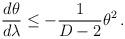
LaTeX: \begin{align*}\frac{d\theta}{d\lambda} \leq -\frac{1}{D-2} \theta^2\, .\end{align*}